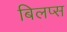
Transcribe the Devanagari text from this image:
बिलप्स